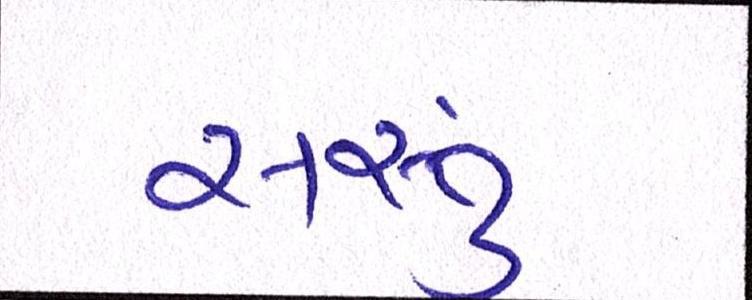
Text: સસ્તું